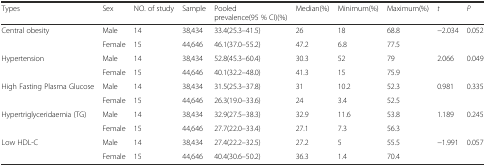
| Types | Sex | NO. of study | Sample | Pooled prevalence(95 % CI)(%) | Median(%) | Minimum(%) | Maximum(%) | t | P |
 | --- | --- | --- | --- | --- | --- | --- | --- | --- | --- |
 | Central obesity | Male | 14 | 38,434 | 33.4(25.3–41.5) | 26 | 18 | 68.8 | −2.034 | 0.052 |
 |  | Female | 15 | 44,646 | 46.1(37.0–55.2) | 47.2 | 6.8 | 77.5 |  |  |
 | Hypertension | Male | 14 | 38,434 | 52.8(45.3–60.4) | 30.3 | 52 | 79 | 2.066 | 0.049 |
 |  | Female | 15 | 44,646 | 40.1(32.2–48.0) | 41.3 | 15 | 75.9 |  |  |
 | High Fasting Plasma Glucose | Male | 14 | 38,434 | 31.5(25.3–37.8) | 31 | 10.2 | 52.3 | 0.981 | 0.335 |
 |  | Female | 15 | 44,646 | 26.3(19.0–33.6) | 24 | 3.4 | 52.5 |  |  |
 | Hypertriglyceridaemia (TG) | Male | 14 | 38,434 | 32.9(27.5–38.3) | 32.9 | 11.6 | 53.8 | 1.189 | 0.245 |
 |  | Female | 15 | 44,646 | 27.7(22.0–33.4) | 27.1 | 7.3 | 56.3 |  |  |
 | Low HDL-C | Male | 14 | 38,434 | 27.4(22.2–32.5) | 27.2 | 5 | 55.5 | −1.991 | 0.057 |
 |  | Female | 15 | 44,646 | 40.4(30.6–50.2) | 36.3 | 1.4 | 70.4 |  |  |